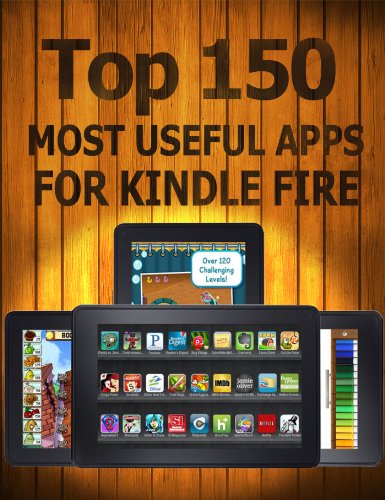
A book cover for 150 Most Useful Kindle Apps; Mary Kropp; Computers & Technology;